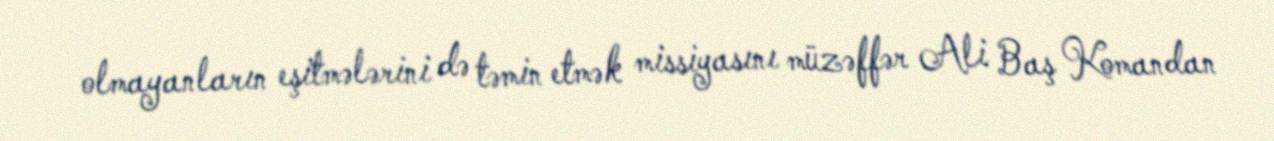
olmayanların eşitmələrini də təmin etmək missiyasını müzəffər Ali Baş Komandan